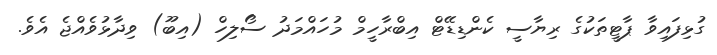
ގުޅިފައިވާ ޕާޓީތަކުގެ ރިޔާސީ ކެންޑިޑޭޓް އިބްރާހީމް މުހައްމަދު ސޯލިހް (އިބޫ) ވިދާޅުވެއްޖެ އެވެ.